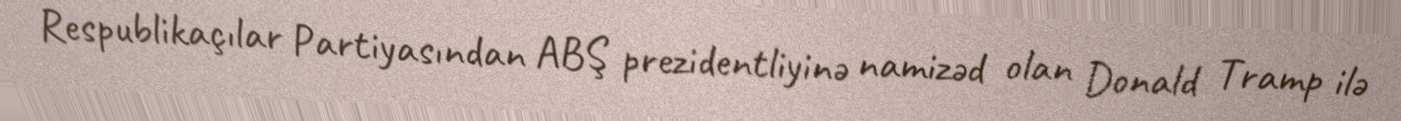
Respublikaçılar Partiyasından ABŞ prezidentliyinə namizəd olan Donald Tramp ilə